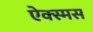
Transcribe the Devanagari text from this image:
ऐक्स्मस